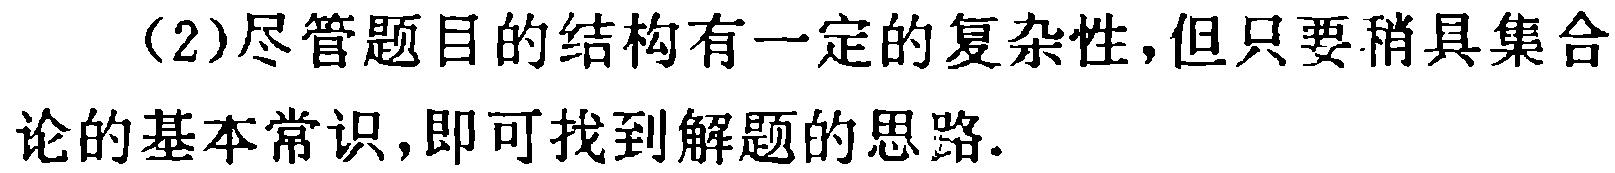
（2）尽管题目的结构有一定的复杂性,但只要稍具集合论的基本常识,即可找到解题的思路.